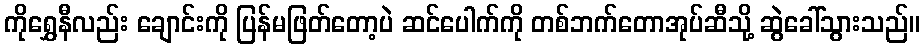
ကိုရွှေနီလည်း ချောင်းကို ပြန်မဖြတ်တော့ပဲ ဆင်ပေါက်ကို တစ်ဘက်တောအုပ်ဆီသို့ ဆွဲခေါ်သွားသည်။